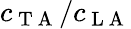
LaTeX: c_{\mathrm{~T~A~}}/c_{\mathrm{~L~A~}}